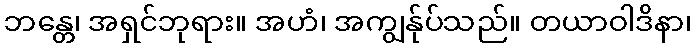
ဘန္တေ၊ အရှင်ဘုရား။ အဟံ၊ အကျွန်ုပ်သည်။ တယာဝါဒိနာ၊